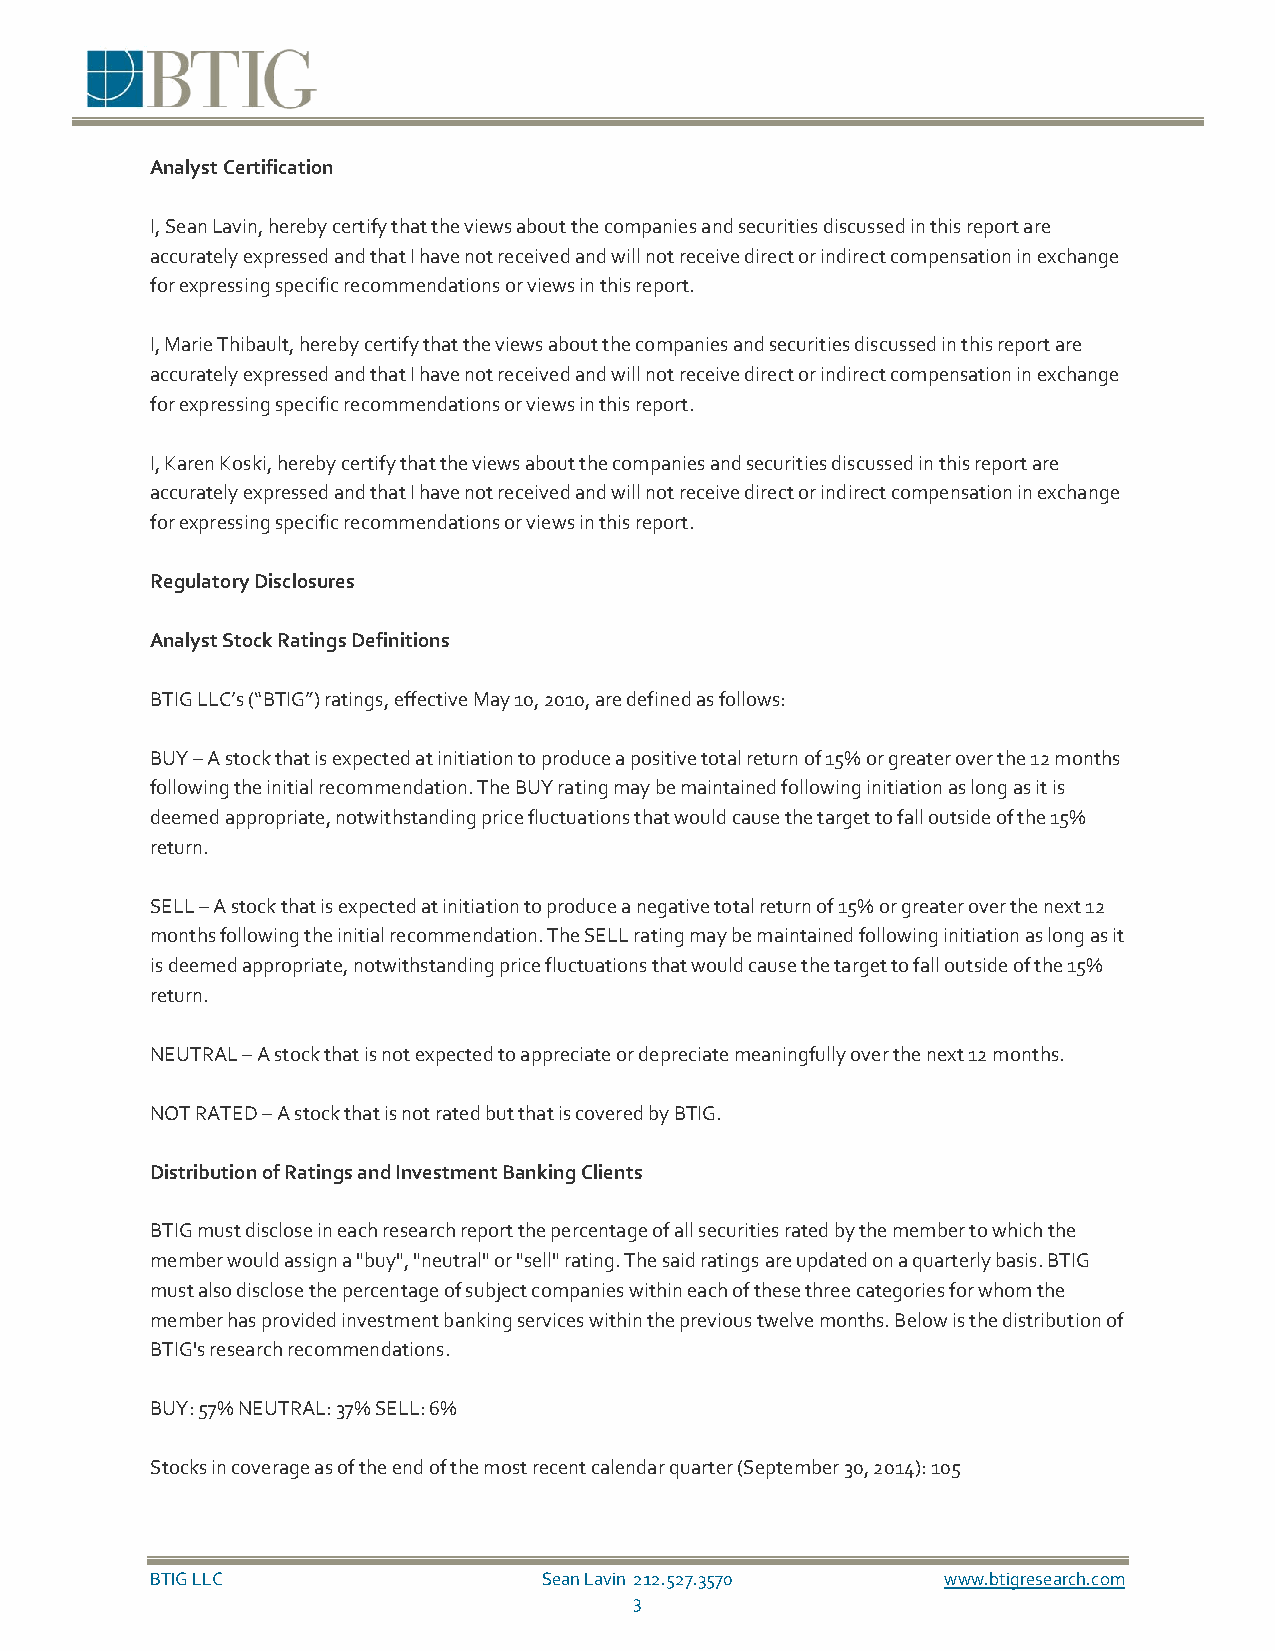
Analyst Certification
 I, Sean Lavin, hereby certify that the views about the companies and securities discussed in this report are
 accurately expressed and that I have not received and will not receive direct or indirect compensation in exchange
 for expressing specific recommendations or views in this report.
 I, Marie Thibault, hereby certify that the views about the companies and securities discussed in this report are
 accurately expressed and that I have not received and will not receive direct or indirect compensation in exchange
 for expressing specific recommendations or views in this report.
 I, Karen Koski, hereby certify that the views about the companies and securities discussed in this report are
 accurately expressed and that I have not received and will not receive direct or indirect compensation in exchange
 for expressing specific recommendations or views in this report.
 Regulatory Disclosures
 Analyst Stock Ratings Definitions
 BTIG LLC’s (“BTIG”) ratings, effective May 10, 2010, are defined as follows:
 BUY – A stock that is expected at initiation to produce a positive total return of 15% or greater over the 12 months
 following the initial recommendation. The BUY rating may be maintained following initiation as long as it is
 deemed appropriate, notwithstanding price fluctuations that would cause the target to fall outside of the 15%
 return.
 SELL – A stock that is expected at initiation to produce a negative total return of 15% or greater over the next 12
 months following the initial recommendation. The SELL rating may be maintained following initiation as long as it
 is deemed appropriate, notwithstanding price fluctuations that would cause the target to fall outside of the 15%
 return.
 NEUTRAL – A stock that is not expected to appreciate or depreciate meaningfully over the next 12 months.
 NOT RATED – A stock that is not rated but that is covered by BTIG.
 Distribution of Ratings and Investment Banking Clients
 BTIG must disclose in each research report the percentage of all securities rated by the member to which the
 member would assign a "buy", "neutral" or "sell" rating. The said ratings are updated on a quarterly basis. BTIG
 must also disclose the percentage of subject companies within each of these three categories for whom the
 member has provided investment banking services within the previous twelve months. Below is the distribution of
 BTIG's research recommendations.
 BUY: 57% NEUTRAL: 37% SELL: 6%
 Stocks in coverage as of the end of the most recent calendar quarter (September 30, 2014): 105
 BTIG LLC                  Sean Lavin 212.527.3570    www.btigresearch.com
 3